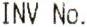
INV NO.